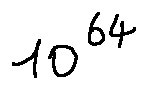
1 0 ^ { 6 4 }